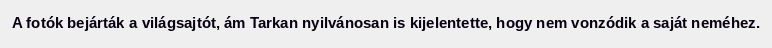
A fotók bejárták a világsajtót, ám Tarkan nyilvánosan is kijelentette, hogy nem vonzódik a saját neméhez.